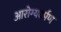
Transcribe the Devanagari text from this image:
आरोग्यदर्पण